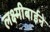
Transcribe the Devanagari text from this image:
लक्ष्मीबाईने